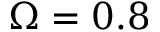
\Omega = 0 . 8